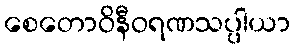
စေတောဝိနီဝရဏသပ္ပါယာ